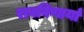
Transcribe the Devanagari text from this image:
राबविणार्या